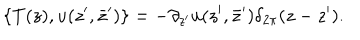
LaTeX: \{ T ( z ) , u ( z ^ { \prime } , \bar { z } ^ { \prime } ) \} = - \partial _ { z ^ { \prime } } u ( z ^ { \prime } , \bar { z } ^ { \prime } ) \delta _ { 2 \pi } ( z - z ^ { \prime } ) .